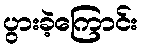
ပွားခဲ့ကြောင်း